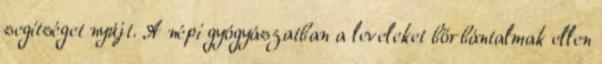
segítséget nyújt. A népi gyógyászatban a leveleket bőrbántalmak ellen